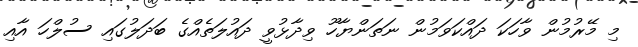
މި މޭރުމުން ވާހަކަ ދައްކަވަމުން ނަތަންޔާހޫ ވިދާޅުވީ ދައުލަތެއްގެ ބަދަލުގައި ސުލްހަ އާއި